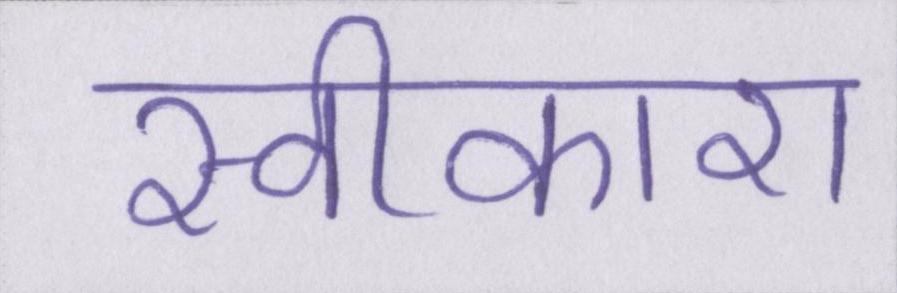
स्वीकारा